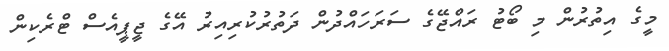
މީގެ އިތުރުން މި ބޯޓު ރައްޖޭގެ ސަރަހައްދުން ދަތުރުކުރިއިރު އޭގެ ޖީޕީއެސް ޓްރެކިން